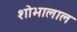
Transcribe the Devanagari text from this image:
शोभालाल